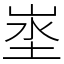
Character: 埊